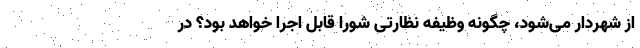
از شهردار می‌شود، چگونه وظیفه نظارتی شورا قابل اجرا خواهد بود؟ در